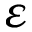
\varepsilon